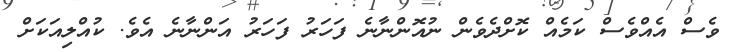
ވެސް އެއްވެސް ކަމެއް ކޮށްދެވެން ނުއޮންނާނެ ފަހަރު ފަހަރު އަންނާނެ އެވެ. ކުއްލިއަކަށް